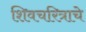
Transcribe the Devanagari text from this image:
शिवचरित्राचे